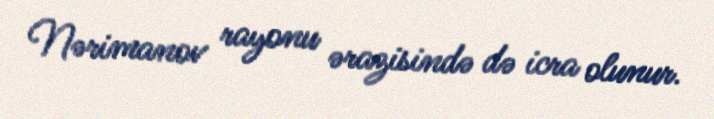
Nərimanov rayonu ərazisində də icra olunur.